Indian journal of veterinary science and animal husbandry - Volume 10,
Year: 1940
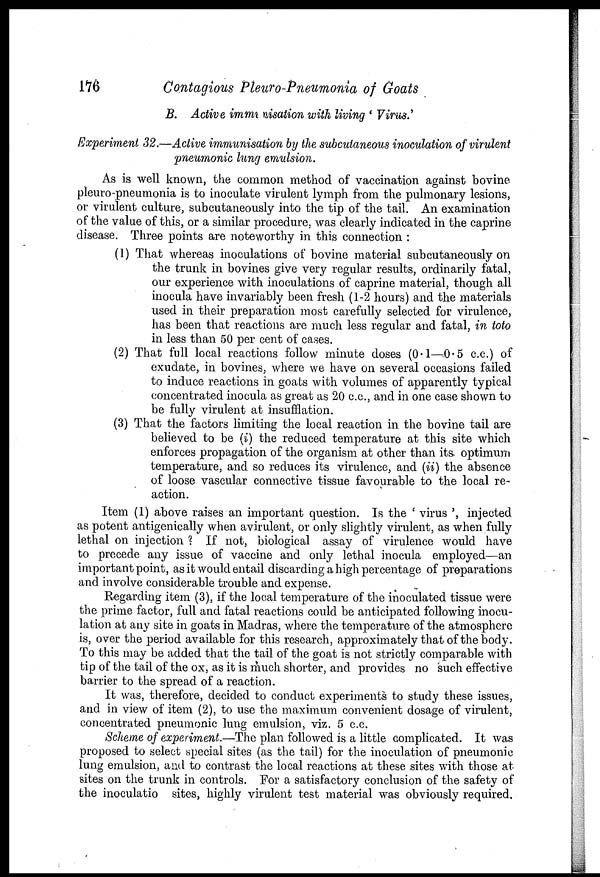
176
Contagious Pleuro-Pneumonia of Goats
B. Active immunisation with living ' Virus.'
Experiment 32.—Active immunisation by the subcutaneous inoculation of virulent
pneumonic lung emulsion.
As is well known, the common method of vaccination against bovine
pleuro-pneumonia is to inoculate virulent lymph from the pulmonary lesions,
or virulent culture, subcutaneously into the tip of the tail. An examination
of the value of this, or a similar procedure, was clearly indicated in the caprine
disease. Three points are noteworthy in this connection :
(1) That whereas inoculations of bovine material subcutaneously on
the trunk in bovines give very regular results, ordinarily fatal,
our experience with inoculations of caprine material, though all
inocula have invariably been fresh (1-2 hours) and the materials
used in their preparation most carefully selected for virulence,
has been that reactions are much less regular and fatal, in toto
in less than 50 per cent of cases.
(2) That full local reactions follow minute doses (0.1—0.5 c.c.) of
exudate, in bovines, where we have on several occasions failed
to induce reactions in goats with volumes of apparently typical
concentrated inocula as great as 20 c.c., and in one case shown to
be fully virulent at insufflation.
(3) That the factors limiting the local reaction in the bovine tail are
believed to be (i) the reduced temperature at this site which
enforces propagation of the organism at other than its optimum
temperature, and so reduces its virulence, and (ii) the absence
of loose vascular connective tissue favourable to the local re-
action.
Item (1) above raises an important question. Is the ' virus ', injected
as potent antigenically when avirulent, or only slightly virulent, as when fully
lethal on injection ? If not, biological assay of virulence would have
to precede any issue of vaccine and only lethal inocula employed—an
important point, as it would entail discarding a high percentage of preparations
and involve considerable trouble and expense.
Regarding item (3), if the local temperature of the inoculated tissue were
the prime factor, full and fatal reactions could be anticipated following inocu-
lation at any site in goats in Madras, where the temperature of the atmosphere
is, over the period available for this research, approximately that of the body.
To this may be added that the tail of the goat is not strictly comparable with
tip of the tail of the ox, as it is much shorter, and provides no such effective
barrier to the spread of a reaction.
It was, therefore, decided to conduct experiments to study these issues,
and in view of item (2), to use the maximum convenient dosage of virulent,
concentrated pneumonic lung emulsion, viz. 5 c.c.
Scheme of experiment.—The plan followed is a little complicated. It was
proposed to select special sites (as the tail) for the inoculation of pneumonic
lung emulsion, and to contrast the local reactions at these sites with those at
sites on the trunk in controls. For a satisfactory conclusion of the safety of
the inoculatio sites, highly virulent test material was obviously required.